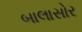
બાલાસોર